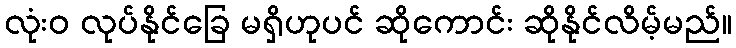
လုံးဝ လုပ်နိုင်ခြေ မရှိဟုပင် ဆိုကောင်း ဆိုနိုင်လိမ့်မည်။